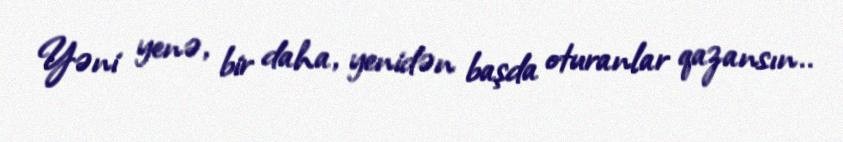
Yəni yenə, bir daha, yenidən başda oturanlar qazansın..